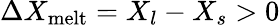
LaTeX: \Delta X_{\mathrm{melt}}=X_{l}-X_{s}>0